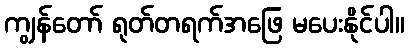
ကျွန်တော် ရုတ်တရက်အဖြေ မပေးနိုင်ပါ။